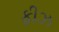
ફીઝ